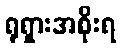
ရုရှားအစိုးရ